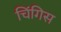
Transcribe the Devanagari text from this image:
चिंगिस